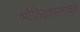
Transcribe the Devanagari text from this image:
भौतिकशास्त्राकडे